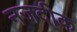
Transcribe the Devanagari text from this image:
नजदीक